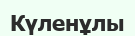
Күленұлы